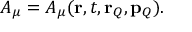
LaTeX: A _ { \mu } = A _ { \mu } ( { \bf r } , t , { \bf r } _ { Q } , { \bf p } _ { Q } ) .